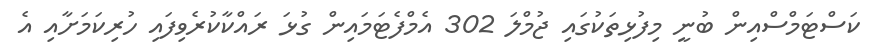
ކަސްޓަމްސްއިން ބުނީ މިފުޅިތަކުގައި ޖުމްލަ 302 އެމްފެޓަމައިން ގުޅަ ރައްކާކުރެވިފައި ހުރިކަމަށާއި އެ